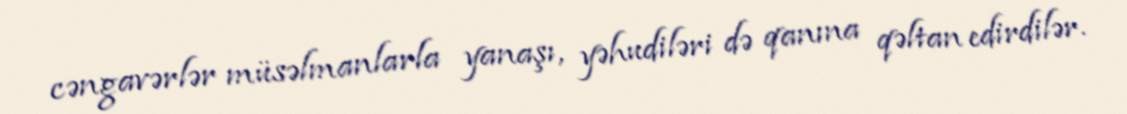
cəngavərlər müsəlmanlarla yanaşı, yəhudiləri də qanına qəltan edirdilər.